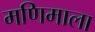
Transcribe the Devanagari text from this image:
मणिमाला